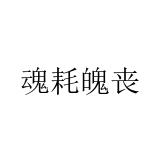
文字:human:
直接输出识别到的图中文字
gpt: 魂耗魄丧